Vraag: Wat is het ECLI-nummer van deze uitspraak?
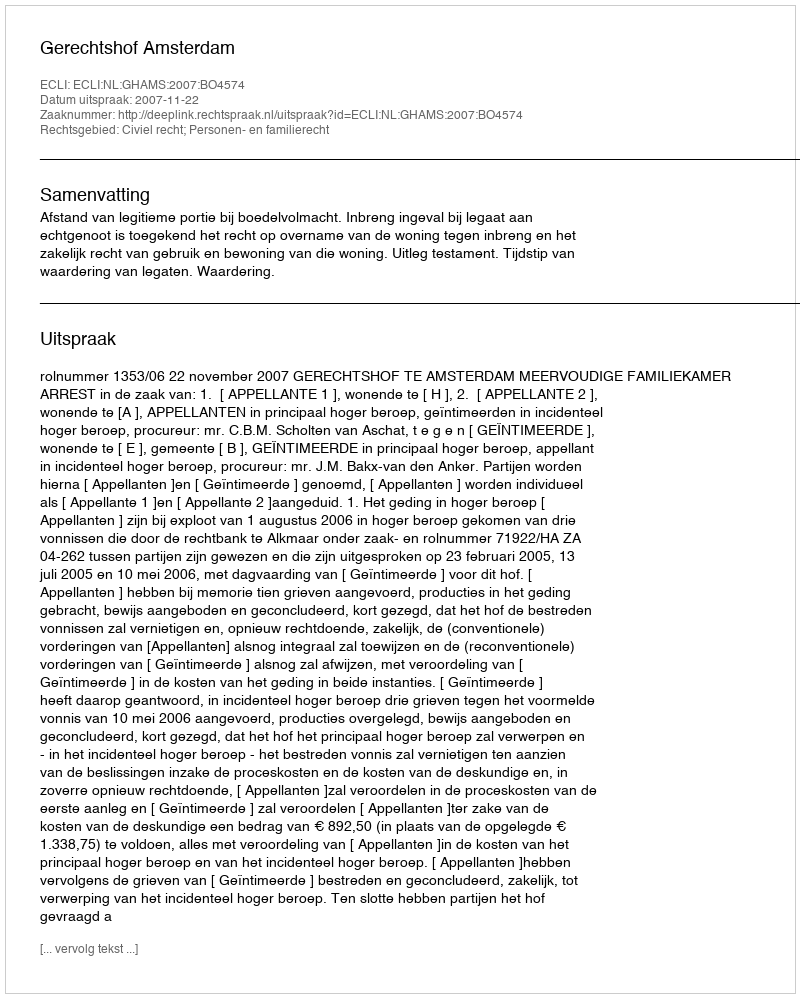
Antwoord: ECLI:NL:GHAMS:2007:BO4574